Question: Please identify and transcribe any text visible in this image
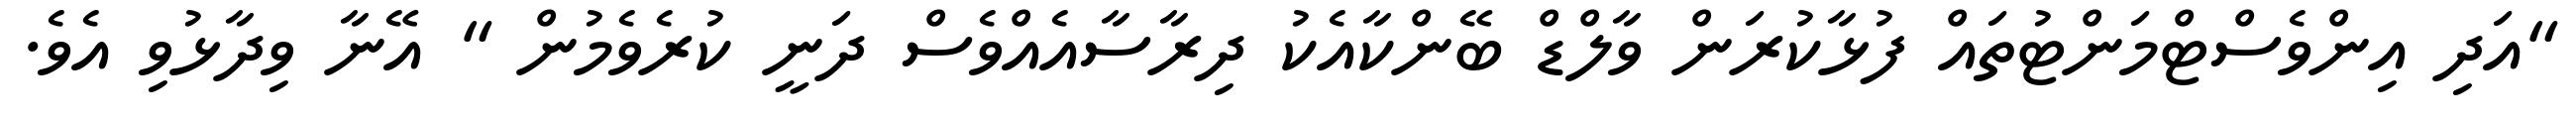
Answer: "އަދި އިންވެސްޓްމަންޓުތައް ފުޅާކުރަން ވާލްޑް ބޭންކާއެކު ދިރާސާއެއްވެސް ދަނީ ކުރެވެމުން " އޭނާ ވިދާޅުވި އެވެ.